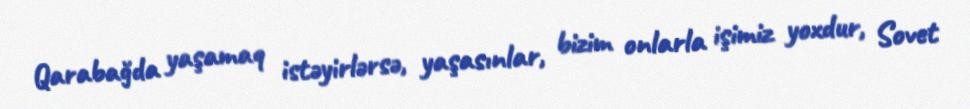
Qarabağda yaşamaq istəyirlərsə, yaşasınlar, bizim onlarla işimiz yoxdur, Sovet